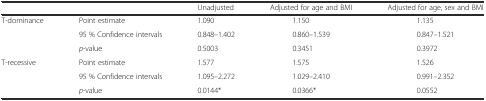
|  |  | Unadjusted | Adjusted for age and BMI | Adjusted for age, sex and BMI |
 | --- | --- | --- | --- | --- |
 | <ROWSPAN=3> T-dominance | Point estimate | 1.090 | 1.150 | 1.135 |
 | 95 % Confidence intervals | 0.848–1.402 | 0.860–1.539 | 0.847–1.521 |
 | p-value | 0.5003 | 0.3451 | 0.3972 |
 | <ROWSPAN=3> T-recessive | Point estimate | 1.577 | 1.575 | 1.526 |
 | 95 % Confidence intervals | 1.095–2.272 | 1.029–2.410 | 0.991–2.352 |
 | p-value | 0.0144* | 0.0366* | 0.0552 |